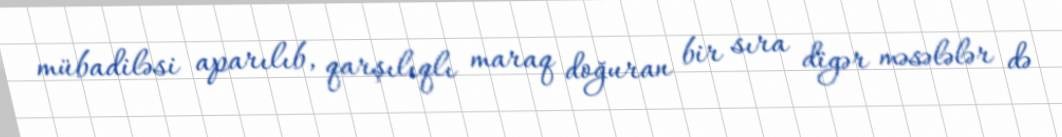
mübadiləsi aparılıb, qarşılıqlı maraq doğuran bir sıra digər məsələlər də